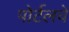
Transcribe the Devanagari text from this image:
पोर्टलचे